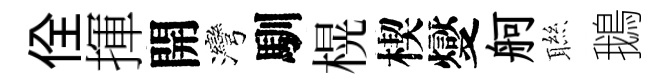
佺揮開灣馴榥楔燮舸聮鵝